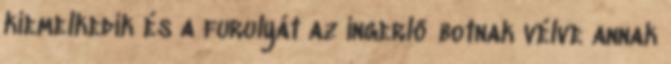
kiemelkedik és a furulyát az ingerlő botnak vélve annak